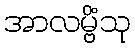
အာလမ္ဗိံသု